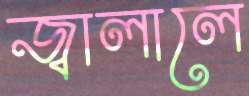
জ্বালালে